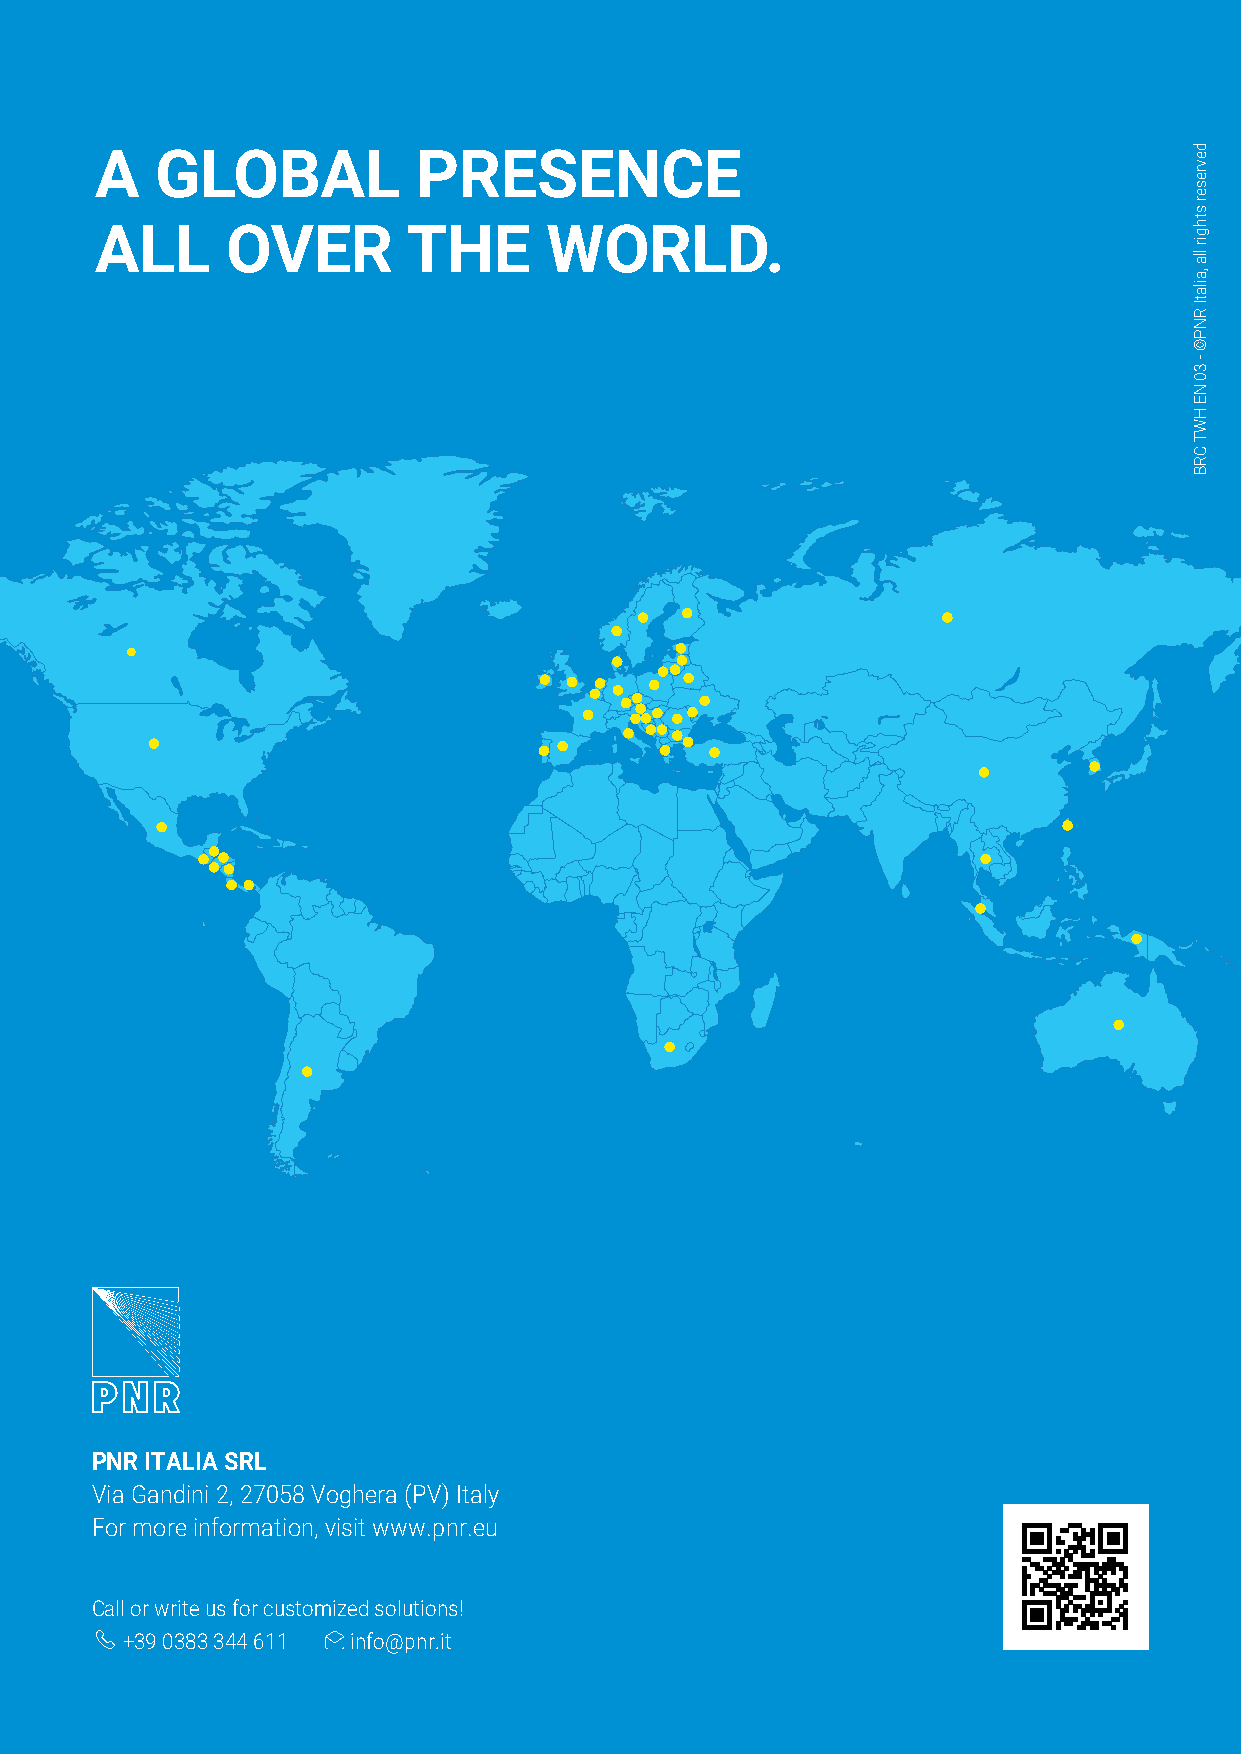
A   GLOBAL            PRESENCE
 ALL      OVER        THE      WORLD.
 PNR ITALIA SRL
 Via Gandini 2, 27058 Voghera (PV) Italy
 For more information, visit www.pnr.eu
 Call or write us for customized solutions!
 +39 0383 344 611 info@pnr.it
 devreser
 sthgir
 lla
 ,ailatI
 RNP©
 -
 30
 NE
 HWT
 CRB